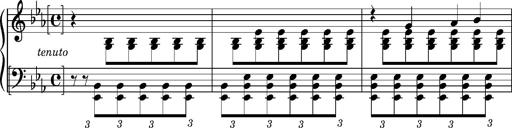
Title: PrÃ©ludes et Harmonies poÃ©tiques et religieuses
Composer: Franz Liszt